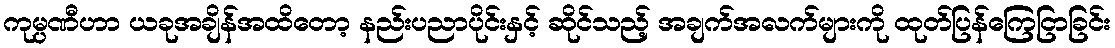
ကုမ္ပဏီဟာ ယခုအချိန်အထိတော့ နည်းပညာပိုင်းနှင့် ဆိုင်သည့် အချက်အလက်များကို ထုတ်ပြန်ကြေငြာခြင်း